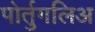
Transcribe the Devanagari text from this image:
पोर्तुगलिअ